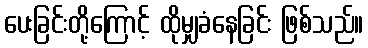
ပေးခြင်းတို့ကြောင့် ထိုမျှခံနေခြင်း ဖြစ်သည်။